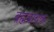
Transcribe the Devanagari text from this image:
ब्रह्मवाचक